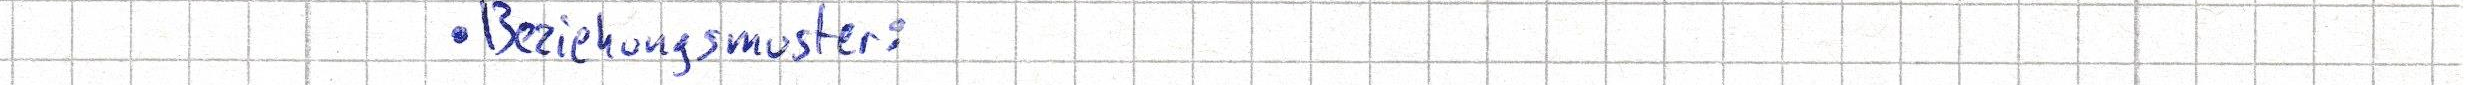
- Beziehungsmuster: